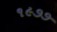
૧૯૭૭